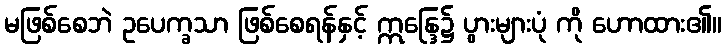
မဖြစ်စေဘဲ ဥပေက္ခသာ ဖြစ်စေရန်နှင့် ဣန္ဒြေ၌ ပွားများပုံ ကို ဟောထား၏။